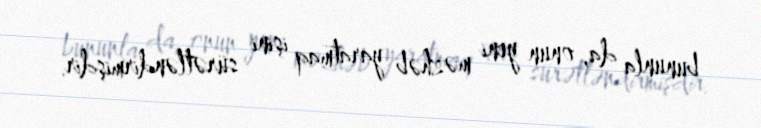
bununla da, onun yeni məzhəb yaratmaq işini sürətləndirmişdir.